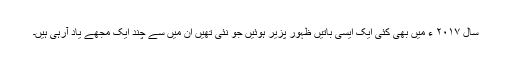
سال ۲۰۱۷ ء میں بھی کئی ایک ایسی باتیں ظہور پزیر ہوئیں جو نئی تھیں ان میں سے چند ایک مجھے یاد آرہی ہیں۔